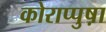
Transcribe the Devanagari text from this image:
कोराप्पुष़ा